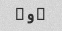
۷ و ۸